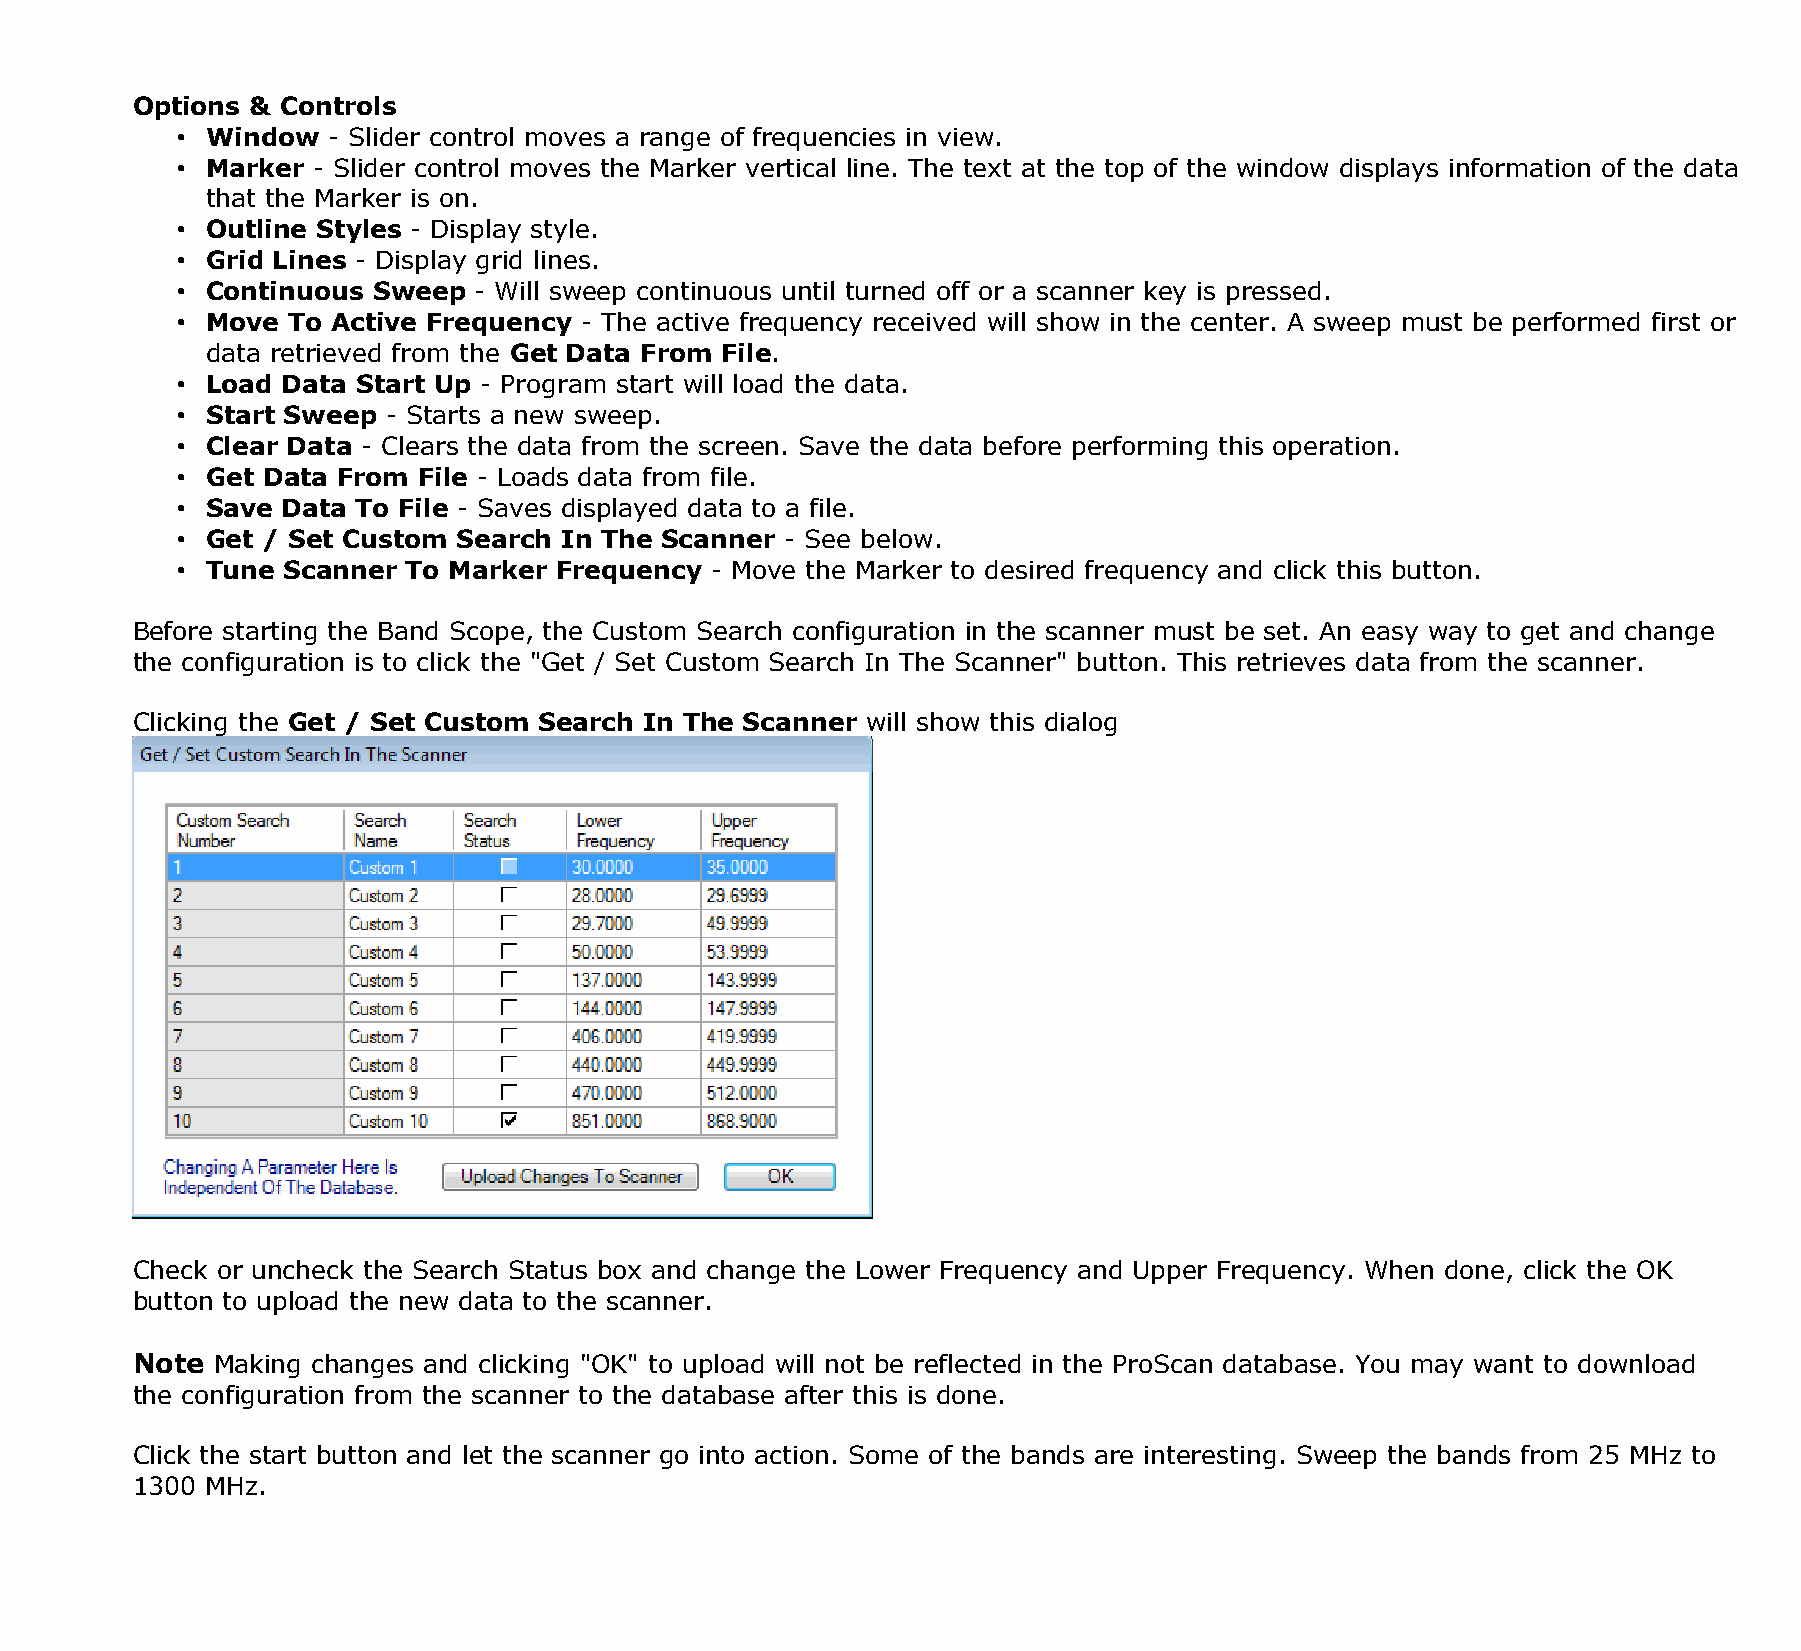
Options & Controls
 • Window  - Slider control moves a range of frequencies in view.
 • Marker - Slider control moves the Marker vertical line. The text at the top of the window displays information of the data
 that the Marker is on.
 • Outline Styles - Display style.
 • Grid Lines - Display grid lines.
 • Continuous Sweep - Will sweep continuous until turned off or a scanner key is pressed.
 • Move To Active Frequency - The active frequency received will show in the center. A sweep must be performed first or
 data retrieved from the Get Data From File.
 • Load Data Start Up - Program start will load the data.
 • Start Sweep - Starts a new sweep.
 • Clear Data - Clears the data from the screen. Save the data before performing this operation.
 • Get Data From File - Loads data from file.
 • Save Data To File - Saves displayed data to a file.
 • Get / Set Custom Search In The Scanner - See below.
 • Tune Scanner To Marker Frequency - Move the Marker to desired frequency and click this button.
 Before starting the Band Scope, the Custom Search configuration in the scanner must be set. An easy way to get and change
 the configuration is to click the "Get / Set Custom Search In The Scanner" button. This retrieves data from the scanner.
 Clicking the Get / Set Custom Search In The Scanner will show this dialog
 Check or uncheck the Search Status box and change the Lower Frequency and Upper Frequency. When done, click the OK
 button to upload the new data to the scanner.
 Note Making changes and clicking "OK" to upload will not be reflected in the ProScan database. You may want to download
 the configuration from the scanner to the database after this is done.
 Click the start button and let the scanner go into action. Some of the bands are interesting. Sweep the bands from 25 MHz to
 1300 MHz.